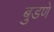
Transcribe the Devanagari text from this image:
बुडणे